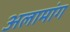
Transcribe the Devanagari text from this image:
अलामांग